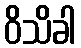
ဝိသိခါ